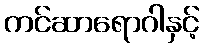
ကင်ဆာရောဂါနှင့်